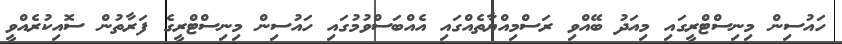
ހައުސިން މިނިސްޓްރީގައި މިއަދު ބޭއްވި ރަސްމިއްޔާތެއްގައި އެއްބަސްވުމުގައި ހައުސިން މިނިސްޓްރީގެ ފަރާތުން ސޮއިކުރެއްވީ